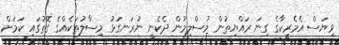
ވިޔަސް އެމެރިކާގެ ގިނަ ރައްޔިތުން މުސްލިމުން ދެކެނީ ނުރަނގަޅު މިސާލުތަކެއްގެ ގޮތުގައި ކަމަށް